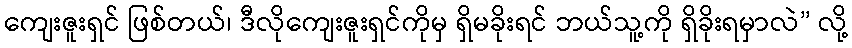
ကျေးဇူးရှင် ဖြစ်တယ်၊ ဒီလိုကျေးဇူးရှင်ကိုမှ ရှိမခိုးရင် ဘယ်သူ့ကို ရှိခိုးရမှာလဲ” လို့